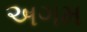
અગમ